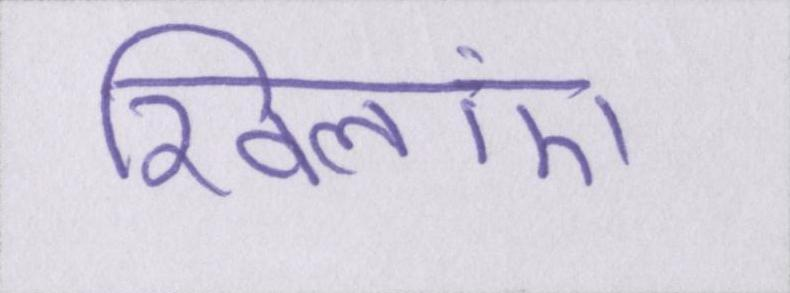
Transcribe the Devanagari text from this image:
खिलाएं